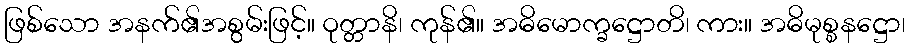
ဖြစ်သော အနက်၏အစွမ်းဖြင့်။ ဝုတ္တာနိ၊ ကုန်၏။ အဓိမောက္ခဋ္ဌောတိ၊ ကား။ အဓိမုစ္စနဋ္ဌော၊